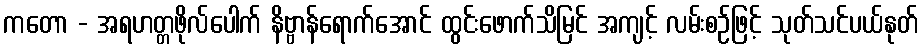
ကတော - အရဟတ္တဖိုလ်ပေါက် နိဗ္ဗာန်ရောက်အောင် ထွင်းဖောက်သိမြင် အကျင့် လမ်းစဉ်ဖြင့် သုတ်သင်ပယ်နုတ်